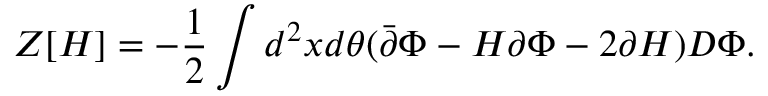
Z [ H ] = - \frac { 1 } { 2 } \int d ^ { 2 } x d \theta ( \bar { \partial } \Phi - H \partial \Phi - 2 \partial H ) D \Phi .